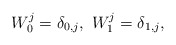
\begin{align*} W_{0}^j=\delta_{0,j},\ W_1^j=\delta_{1,j},\end{align*}